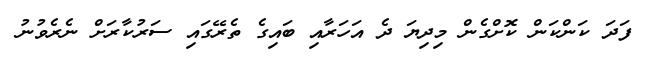
ފަދަ ކަންކަން ކޮށްގެން މިދިޔަ ދެ އަހަރާއި ބައިގެ ތެރޭގައި ސަރުކާރަށް ނެރެވުނު